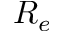
R _ { e }